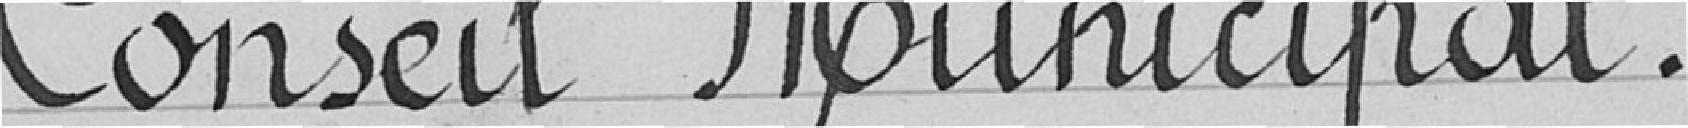
Conseil Municipal